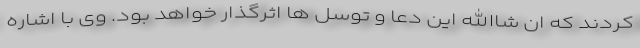
کردند که ان شاالله این دعا و توسل ها اثرگذار خواهد بود. وی با اشاره